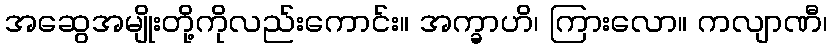
အဆွေအမျိုးတို့ကိုလည်းကောင်း။ အက္ခာဟိ၊ ကြားလော။ ကလျာဏီ၊